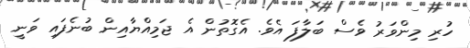
ހުރި މިންވަރު ވެސް ބަލާފަ އެވެ. އެގޮތުން އެ ޖަމިއްޔާއިން ބުނެފައި ވަނީ